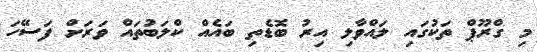
މި ގްރޫޕް ތަކުގައި ލައްވާލި އިރު ބޮޑެތި ބައެއް ކްލަބުތައް ވަރަށް ފަސޭހަ